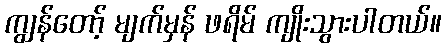
ကျွန်တော့် မျက်မှန် ဖရိမ် ကျိုးသွားပါတယ်။